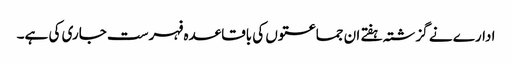
ادارے نے گزشتہ ہفتے ان جماعتوں کی باقاعدہ فہرست جاری کی ہے۔